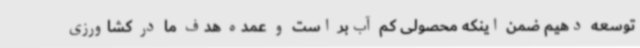
توسعه دهیم ضمن اینکه محصولی کم آب‌بر است و عمده هدف ما در کشاورزی